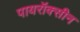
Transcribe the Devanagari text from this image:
पायरॉक्सीन